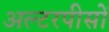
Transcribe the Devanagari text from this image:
अल्टरपीसों